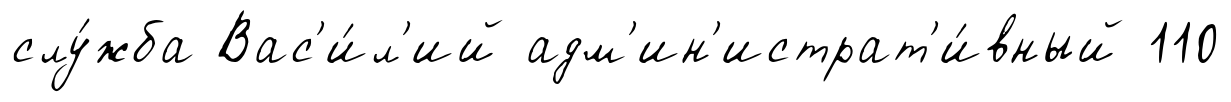
слу́жба Вас'и́л'ий адм'ин'истрат'и́вный 110